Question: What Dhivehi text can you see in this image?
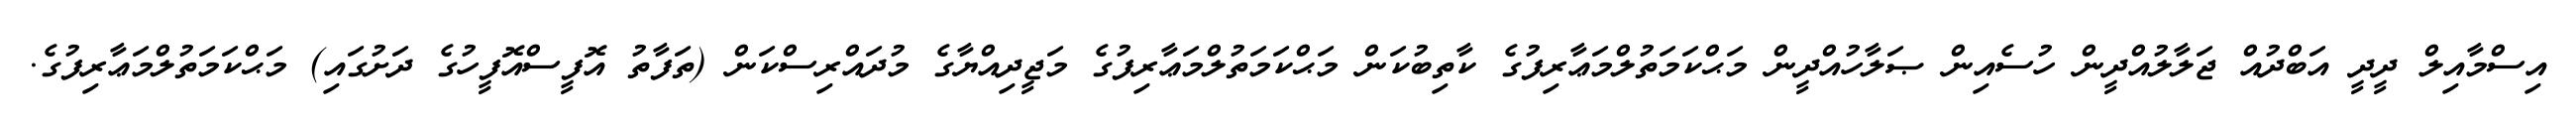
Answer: އިސްމާއިލް ދީދީ އަބްދުއް ޖަލާލުއްދީން ހުސެއިން ޞަލާހުއްދީން މަޙްކަމަތުލްމަޢާރިފުގެ ކާތިބުކަން މަޙްކަމަތުލްމަޢާރިފުގެ މަޖީދިއްޔާގެ މުދައްރިސްކަން (ތަފާތު އޮފީސްއޮފީހުގެ ދަށުގައި) މަޙްކަމަތުލްމަޢާރިފުގެ.